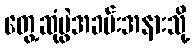
တွေ့ဆုံပွဲအခမ်းအနားသို့